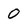
Character: 0